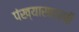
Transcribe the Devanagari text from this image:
पंख्यासारखी